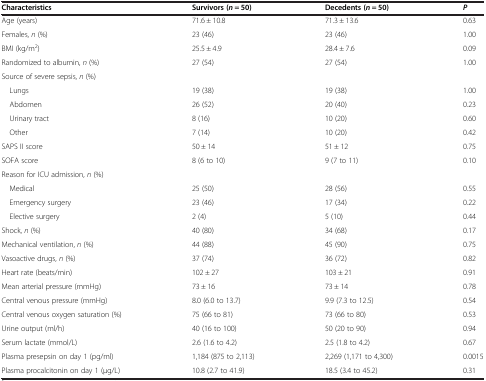
<table><thead><tr><td><b>Characteristics</b></td><td><b>Survivors (<i>n</i> = 50)</b></td><td><b>Decedents (<i>n</i> = 50)</b></td><td><b><i>P</i></b></td></tr></thead><tbody><tr><td>Age (years)</td><td>71.6 ± 10.8</td><td>71.3 ± 13.6</td><td>0.63</td></tr><tr><td>Females, <i>n</i> (%)</td><td>23 (46)</td><td>23 (46)</td><td>1.00</td></tr><tr><td>BMI (kg/m<sup>2</sup>)</td><td>25.5 ± 4.9</td><td>28.4 ± 7.6</td><td>0.09</td></tr><tr><td>Randomized to albumin, <i>n</i> (%)</td><td>27 (54)</td><td>27 (54)</td><td>1.00</td></tr><tr><td>Source of severe sepsis, <i>n</i> (%)</td><td> </td><td> </td><td> </td></tr><tr><td> Lungs</td><td>19 (38)</td><td>19 (38)</td><td>1.00</td></tr><tr><td> Abdomen</td><td>26 (52)</td><td>20 (40)</td><td>0.23</td></tr><tr><td> Urinary tract</td><td>8 (16)</td><td>10 (20)</td><td>0.60</td></tr><tr><td> Other</td><td>7 (14)</td><td>10 (20)</td><td>0.42</td></tr><tr><td>SAPS II score</td><td>50 ± 14</td><td>51 ± 12</td><td>0.75</td></tr><tr><td>SOFA score</td><td>8 (6 to 10)</td><td>9 (7 to 11)</td><td>0.10</td></tr><tr><td>Reason for ICU admission, <i>n</i> (%)</td><td> </td><td> </td><td> </td></tr><tr><td> Medical</td><td>25 (50)</td><td>28 (56)</td><td>0.55</td></tr><tr><td> Emergency surgery</td><td>23 (46)</td><td>17 (34)</td><td>0.22</td></tr><tr><td> Elective surgery</td><td>2 (4)</td><td>5 (10)</td><td>0.44</td></tr><tr><td>Shock, <i>n</i> (%)</td><td>40 (80)</td><td>34 (68)</td><td>0.17</td></tr><tr><td>Mechanical ventilation, <i>n</i> (%)</td><td>44 (88)</td><td>45 (90)</td><td>0.75</td></tr><tr><td>Vasoactive drugs, <i>n</i> (%)</td><td>37 (74)</td><td>36 (72)</td><td>0.82</td></tr><tr><td>Heart rate (beats/min)</td><td>102 ± 27</td><td>103 ± 21</td><td>0.91</td></tr><tr><td>Mean arterial pressure (mmHg)</td><td>73 ± 16</td><td>73 ± 14</td><td>0.78</td></tr><tr><td>Central venous pressure (mmHg)</td><td>8.0 (6.0 to 13.7)</td><td>9.9 (7.3 to 12.5)</td><td>0.54</td></tr><tr><td>Central venous oxygen saturation (%)</td><td>75 (66 to 81)</td><td>73 (66 to 80)</td><td>0.53</td></tr><tr><td>Urine output (ml/h)</td><td>40 (16 to 100)</td><td>50 (20 to 90)</td><td>0.94</td></tr><tr><td>Serum lactate (mmol/L)</td><td>2.6 (1.6 to 4.2)</td><td>2.5 (1.8 to 4.2)</td><td>0.67</td></tr><tr><td>Plasma presepsin on day 1 (pg/ml)</td><td>1,184 (875 to 2,113)</td><td>2,269 (1,171 to 4,300)</td><td>0.0015</td></tr><tr><td>Plasma procalcitonin on day 1 (μg/L)</td><td>10.8 (2.7 to 41.9)</td><td>18.5 (3.4 to 45.2)</td><td>0.31</td></tr></tbody></table>